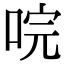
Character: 唍